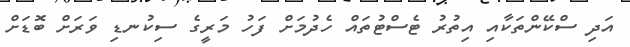
އަދި ސްކޭންތަކާއި އިތުރު ޓެސްޓުތައް ހެދުމަށް ފަހު މަރީގެ ސިކުނޑި ވަރަށް ބޮޑަށް